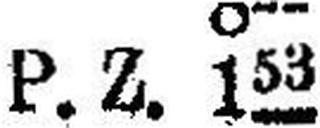
P.Z. 153